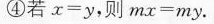
④若$$x = y$$，则$$m x = m y$$。